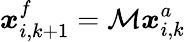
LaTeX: \boldsymbol{x}_{i,k+1}^{f}=\mathcal{M}\boldsymbol{x}_{i,k}^{a}